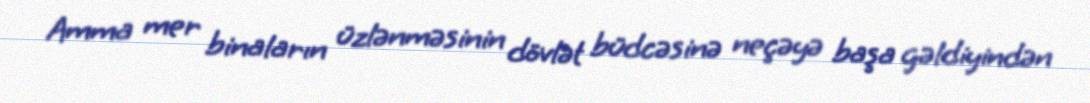
Amma mer binaların üzlənməsinin dövlət büdcəsinə neçəyə başa gəldiyindən